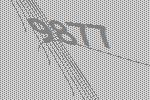
9877